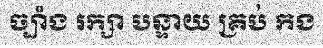
ច្បាំង រក្សា បន្ទាយ គ្រប់ កង